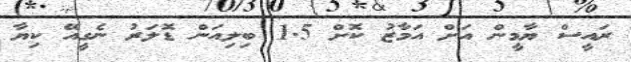
ރައީސް ޔާމީން އަށް އަމާޒު ކޮށް 1.5 ބިލިއަން ޑޮލަރު ނެގީއޭ ކިޔާ